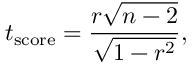
t _ { \mathrm { s c o r e } } = { \frac { r { \sqrt { n - 2 } } } { \sqrt { 1 - r ^ { 2 } } } } ,